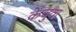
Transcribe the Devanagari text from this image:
केंचुवा